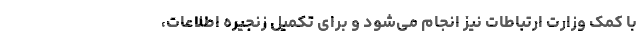
با کمک وزارت ارتباطات نیز انجام می‌شود و برای تکمیل زنجیره اطلاعات،